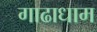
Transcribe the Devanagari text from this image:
गाढाधाम